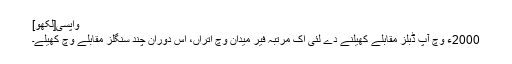
واپسی[لکھو]
2000ء وچ آپ ڈبلز مقابلے کھیلنے دے لئی اک مرتبہ فیر میدان وچ اتراں، اس دوران چند سنگلز مقابلے وچ کھیلے۔